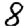
Digit: 8